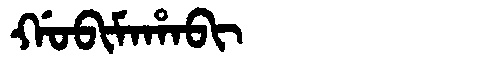
Manchu: ᡤᠣᠪᡳᠮᠠᡥᠠᠪᡳ
Romanization: GOBIMAHABI